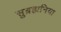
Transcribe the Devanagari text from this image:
सुब्रह्मनिया